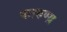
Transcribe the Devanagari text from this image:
कारुण्य़